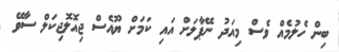
ބިން ހެލުމެއް ވެސް މިއަދު ނޭޕާލަށް އައި ކަމަށް ޔޫއެސް ޖިއޮލޮޖިކަލް ސާވޭ